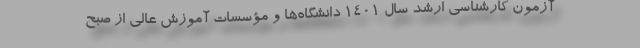
آزمون کارشناسی ارشد سال ۱۴۰۱ دانشگاه‌ها و مؤسسات آموزش عالی از صبح